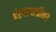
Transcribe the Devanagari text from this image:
ईश्‍वरभक्तीकडे